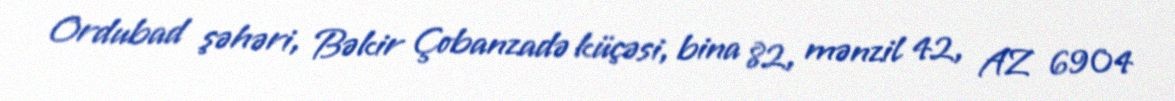
Ordubad şəhəri, Bəkir Çobanzadə küçəsi, bina 82, mənzil 42, AZ 6904